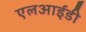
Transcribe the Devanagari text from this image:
एलआईडी